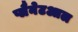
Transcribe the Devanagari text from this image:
प्लैनेटआल